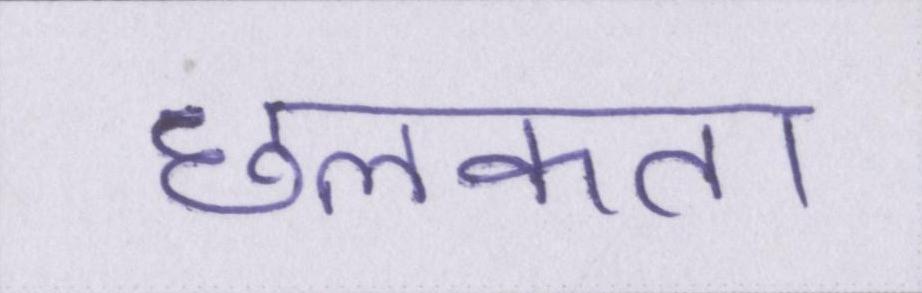
छलकता